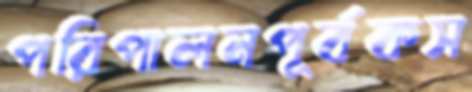
পরিপালনপূর্বকস